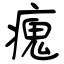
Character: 瘣